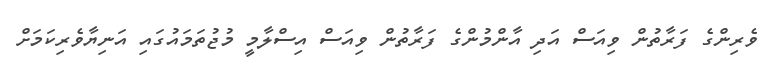
ވެރިންގެ ފަރާތުން ވިއަސް އަދި އާންމުންގެ ފަރާތުން ވިއަސް އިސްލާމީ މުޖުތަމައުގައި އަނިޔާވެރިކަމަށް